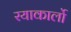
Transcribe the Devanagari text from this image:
रयाकार्लो